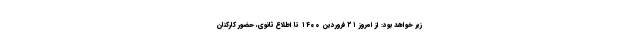
زیر خواهد بود: از امروز ۲۱ فروردین ۱۴۰۰ تا اطلاع ثانوی، حضور کارکنان